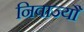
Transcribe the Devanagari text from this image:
निवाज्यौ